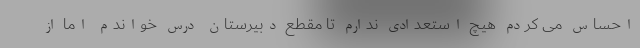
احساس می کردم هیچ استعدادی ندارم تا مقطع دبیرستان درس خواندم اما از